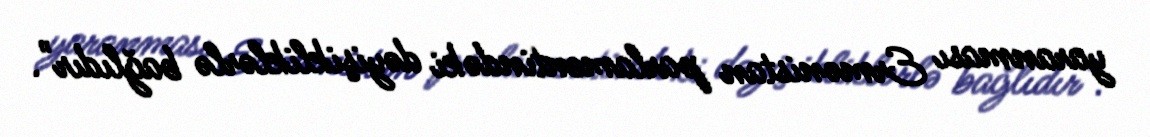
yaranması Ermənistan parlamentindəki dəyişikliklərlə bağlıdır".